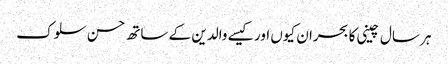
ہر سال چینی کا بحران کیوں اور کیسے	 والدین کے ساتھ حسن سلوک